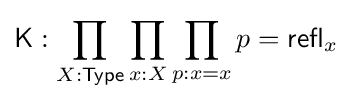
{\mathsf {K}}:\prod _{X:{\mathsf {Type}}}\prod _{x:X}\prod _{p:x=x}p={\mathsf {refl}}_{x}